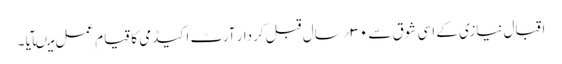
اقبال نیازی کے اسی شوق سے ۳۰؍سال قبل کردار آرٹ اکیڈمی کا قیام عمل میںآیا ۔